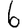
Digit: 6